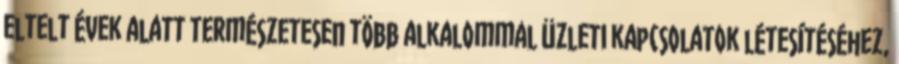
eltelt évek alatt természetesen több alkalommal üzleti kapcsolatok létesítéséhez,